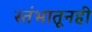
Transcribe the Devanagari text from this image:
स्तंभातूनही